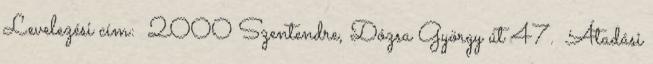
Levelezési cím: 2000 Szentendre, Dózsa György út 47. Átadási